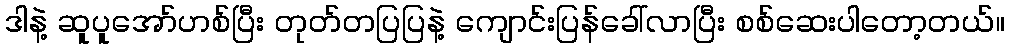
ဒါနဲ့ ဆူပူအော်ဟစ်ပြီး တုတ်တပြပြနဲ့ ကျောင်းပြန်ခေါ်လာပြီး စစ်ဆေးပါတော့တယ်။